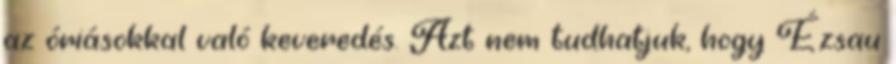
az óriásokkal való keveredés. Azt nem tudhatjuk, hogy Ézsau